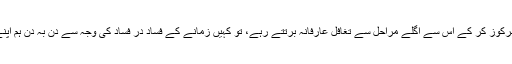
اگر ہم اسی طرح صرف رجال کار کی تیاری پر ساری توجہ مرکوز کر کے اس سے اگلے مراحل سے تغافل عارفانہ برتتے رہے، تو کہیں زمانے کے فساد در فساد کی وجہ سے دن بہ دن ہم اپنے مقاصد کے حصول سے دور تو نہیں ہوتے چلے جائیں گے؟